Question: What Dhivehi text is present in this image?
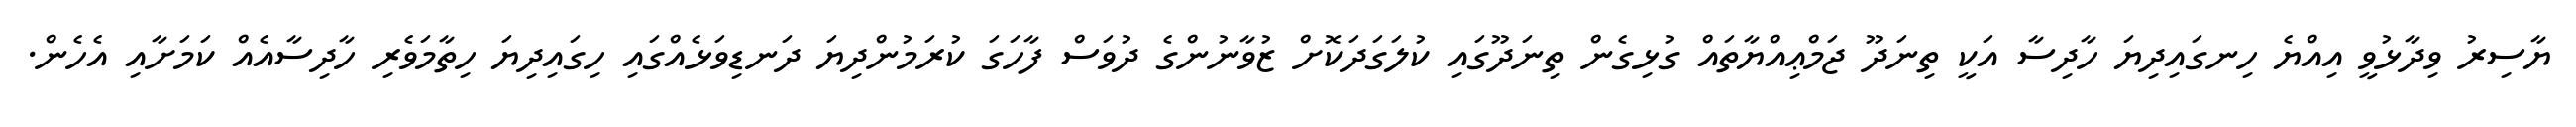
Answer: ޔާސިރު ވިދާޅުވީ އިއްޔެ ހިނގައިދިޔަ ހާދިސާ އަކީ ތިނަދޫ ޖަމްޢިއްޔާތައް ގުޅިގެން ތިނަދޫގައި ކުލަގަދަކޮށް ޒުވާނުންގެ ދުވަސް ފާހަގަ ކުރަމުންދިޔަ ދަނޑިވަޅެއްގައި ހިގައިދިޔަ ހިތާމަވެރި ހާދިސާއެއް ކަމަށާއި އެހެން.